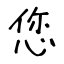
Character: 您